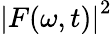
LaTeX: \left|F(\omega,t)\right|^{2}